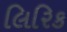
લિરિક